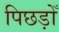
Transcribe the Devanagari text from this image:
पिछड़ोँ